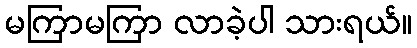
မကြာမကြာ လာခဲ့ပါ သားရယ်။